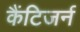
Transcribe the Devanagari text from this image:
कैंटिजर्न